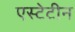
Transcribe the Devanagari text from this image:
एस्टेटीन